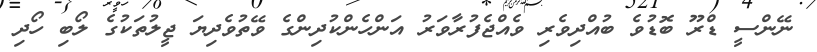
ނޭންސީ ޑްރޫ ބޮޑުވެ ބުއްދިވެރި ވެއްޖެފުރާވަރު އަންހެންކުދިންގެ ވޭތުވެދިޔަ ޖީލުތަކުގެ ލޯބި ހޯދި